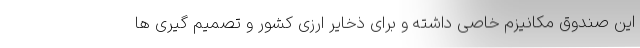
این صندوق مکانیزم خاصی داشته و برای ذخایر ارزی کشور و تصمیم گیری ها